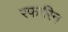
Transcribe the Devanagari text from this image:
रफारिन